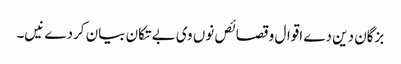
بزگان دین دے اقوال و قصائص نو‏‏ں وی بے تکان بیان کردے نیں۔